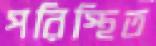
পরিস্থিত